Leaving Certificate, 1924
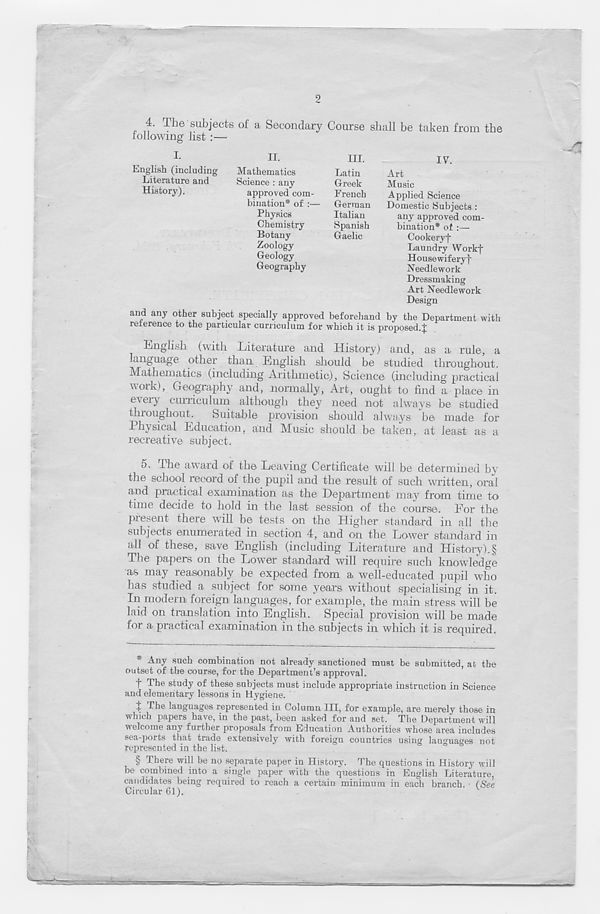
9
4. The subjects of a Secondary Course shall be taken from the
following list :—
I.
English (including
Literature and
History).
II.
Mathematics
Science : any
approved com-
bination* of :—
Physics
Chemistry
Botany
Zoology
Geology
Geography
HI.
IV.
Latin
Art
Greek
Music
French
Applied Science
German Domestic Subjects :
Italian
any approved com-
Spanish
bination* of :—
Gaelic
Cookeryj"
Laundry Workf
Housewiferyf
Needlework
Dressmaking
Art Needlework
Design
and any other subject specially approved beforehand by the Department with
rexerence to the particular curriculum for which it is proposed.J
English (with Literature and History) and, as a rule, a
language other than English should be studied throughout.
Mathematics (including Arithmetic), Science (including practical
vvoik), Geography and, normally, Art, ought to find a place in
every curriculum although they need not always be studied
throughout. Suitable provision should always be made for
Physical Education, and Music should be taken, at least as a
recreative subject.
5. The award of the Leaving Certificate will be determined by
the school record of the pupil and the result of such written, oral
and practical examination as the Department may from time to
time decide to hold in the last session of the course. For the
present there will be tests on the Higher standard in all the
subjects enumerated in section 4, and on the Lower standard in
all of these, save English (including Literature and History).§
The papers on the Lower standard will require such knowledge
as may reasonably be expected from a well-educated pupil who
has studied a subject for some years without specialising in it.
In modern foreign languages, for example, the main stress will be
laid on translation into English. Special provision will be made
for a practical examination in the subjects in which it is required.
/'r
“--%4
* Any such combination not already sanctioned must be snbmitted, at the
outset of the course, for the Department’s approval.
f The study of these subjects must include appropriate instruction in Science
and elementary lessons in Hygiene.
+ The languages represented in Column III, for example, are merely those in
which papers have, in the past, been asked for and set. The Department will
welcome any further proposals from Education Authorities whose area includes
sea-ports that trade extensively with foreign countries using languages not
represented in the list.
§ There will be no separate paper in History. The questions in History will
be combined into a single paper with the questions in English Literature,
candidates being required to reach a certain minimum in each branch. • (See
Circular 61).